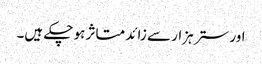
اور ستر ہزار سے زائد متاثر ہو چکے ہیں۔